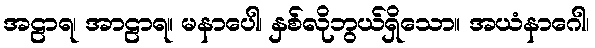
အဠာရ၊ အာဠာရ။ မနာပေါ၊ နှစ်လိုဘွယ်ရှိသော။ အယံနာဂေါ၊